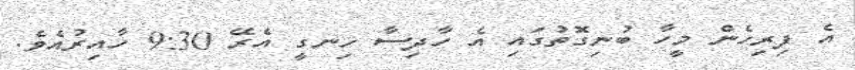
އެ ފިރިހެން މީހާ ބުނިގޮތުގައި އެ ހާދިސާ ހިނގީ އެރޭ 9:30 ހާއިރުއެވެ.